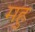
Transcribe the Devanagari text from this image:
महु